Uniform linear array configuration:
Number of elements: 4
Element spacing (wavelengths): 0.5
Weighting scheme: hamming
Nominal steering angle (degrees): -45
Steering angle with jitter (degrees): -44.537
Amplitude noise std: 0.05
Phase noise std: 0.05

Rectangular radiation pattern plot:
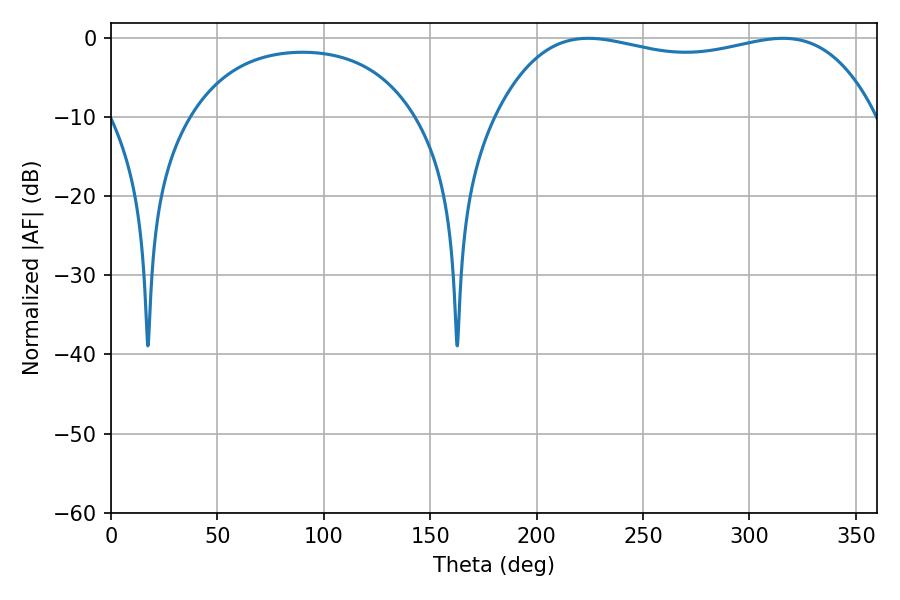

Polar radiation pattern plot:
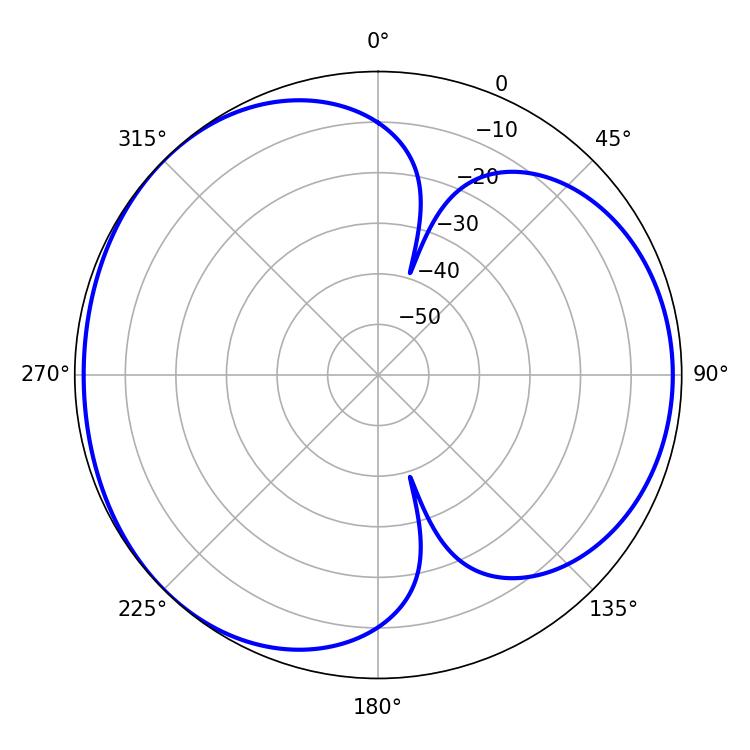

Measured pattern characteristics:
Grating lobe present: FALSE
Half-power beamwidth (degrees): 144.36
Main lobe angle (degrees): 224.28